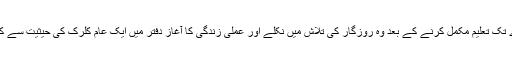
اے تک تعلیم مکمل کرنے کے بعد وہ روزگار کی تلاش میں نکلے اور عملی زندگی کا آغاز دفتر میں ایک عام کلرک کی حیثیت سے کیا۔